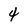
Character: 4